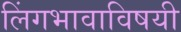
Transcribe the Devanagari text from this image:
लिंगभावाविषयी